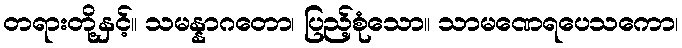
တရားတို့နှင့်။ သမန္နာဂတော၊ ပြည့်စုံသော။ သာမဏေရပေသကော၊